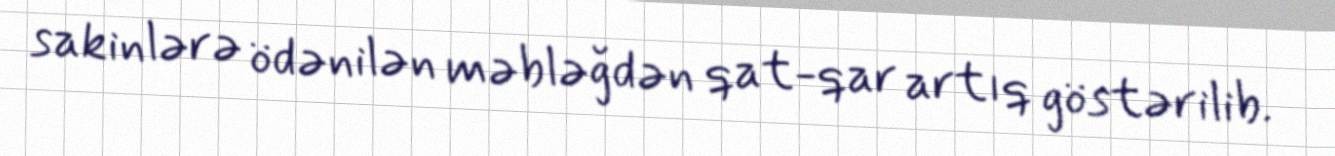
sakinlərə ödənilən məbləğdən qat-qar artıq göstərilib.